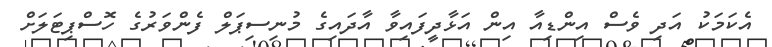
އެކަމަކު އަދި ވެސް އިންޑިއާ އިން އަޅާދީފައިވާ އާދައިގެ މުނިސިޕަލް ފެންވަރުގެ ހޮސްޕިޓަލަށް